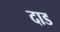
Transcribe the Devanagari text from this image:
दाड